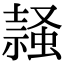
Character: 𧎹